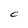
Character: C